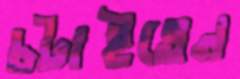
চটাইতেন